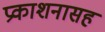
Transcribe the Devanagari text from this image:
प्रकाशनासह